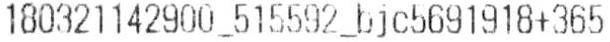
180321142900_515592_BJC5691918+365